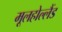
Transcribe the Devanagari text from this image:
मूलहोल्लैंड